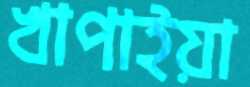
খাপাইয়া